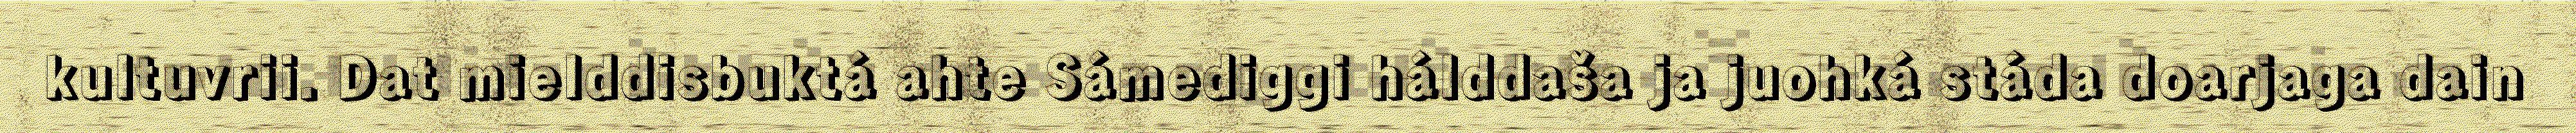
kultuvrii. Dat mielddisbuktá ahte Sámediggi hálddaša ja juohká stáda doarjaga dain